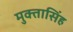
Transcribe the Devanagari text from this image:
मुक्तासिंह